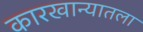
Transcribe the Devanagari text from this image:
कारखान्यातला